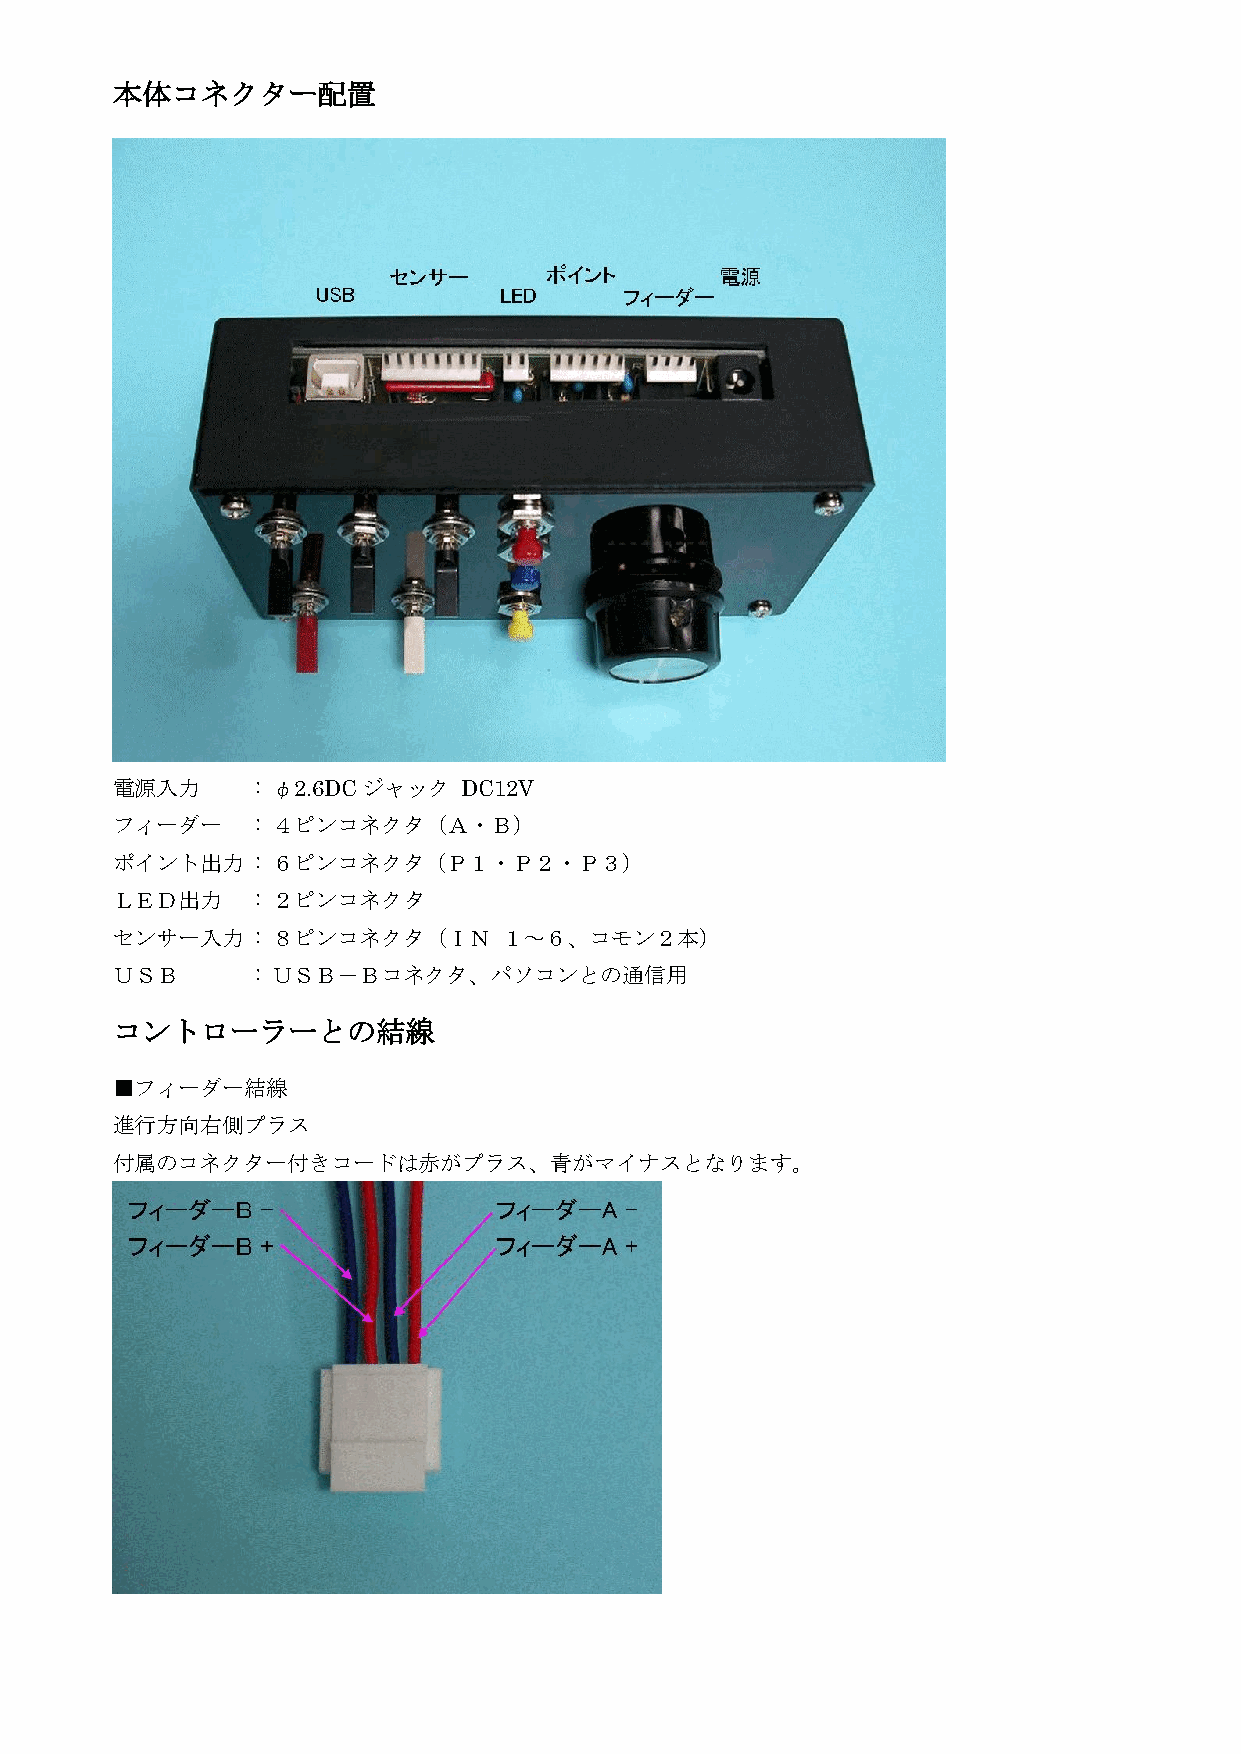
本体コネクター配置
 電源入力      : φ2.6DCジャック  DC12V
 フィーダー     : ４ピンコネクタ（Ａ・Ｂ）
 ポイント出力    : ６ピンコネクタ（Ｐ１・Ｐ２・Ｐ３）
 ＬＥＤ出力     : ２ピンコネクタ
 センサー入力    : ８ピンコネクタ（ＩＮ    １～６、コモン２本）
 ＵＳＢ       : ＵＳＢ－Ｂコネクタ、パソコンとの通信用
 コントローラーとの結線
 ■フィーダー結線
 進行方向右側プラス
 付属のコネクター付きコードは赤がプラス、青がマイナスとなります。